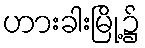
ဟားခါးမြို့၌